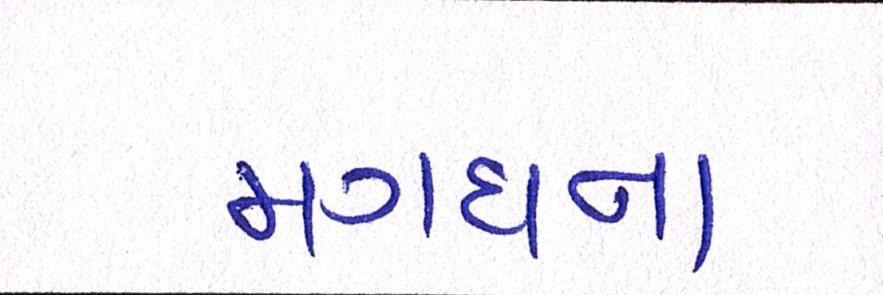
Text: મગધના